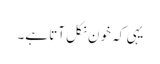
یہی کہ خون نکل آتا ہے۔